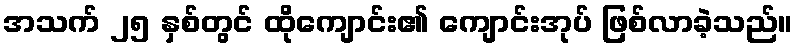
အသက် ၂၅ နှစ်တွင် ထိုကျောင်း၏ ကျောင်းအုပ် ဖြစ်လာခဲ့သည်။